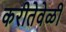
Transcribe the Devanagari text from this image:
करीतेवेळी